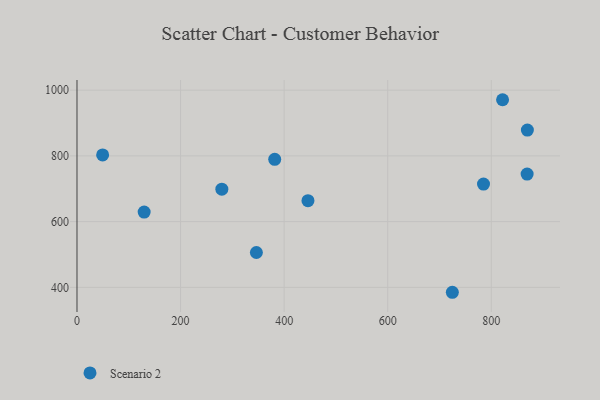
{"axis": {"x": "Experience", "y": "Salary"}, "legend": ["Scenario 2"], "data": [{"x": "381.8", "y": 789.4, "type": "Scenario 2"}, {"x": "724.8", "y": 385.0, "type": "Scenario 2"}, {"x": "869.7", "y": 878.4, "type": "Scenario 2"}, {"x": "446.0", "y": 663.8, "type": "Scenario 2"}, {"x": "785.0", "y": 714.3, "type": "Scenario 2"}, {"x": "279.7", "y": 698.8, "type": "Scenario 2"}, {"x": "869.2", "y": 744.7, "type": "Scenario 2"}, {"x": "346.4", "y": 506.0, "type": "Scenario 2"}, {"x": "821.8", "y": 970.9, "type": "Scenario 2"}, {"x": "49.5", "y": 802.8, "type": "Scenario 2"}, {"x": "129.7", "y": 629.0, "type": "Scenario 2"}]}